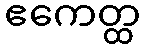
ဧကေတ္ထ